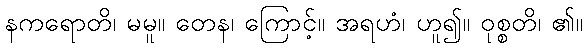
နကရောတိ၊ မမူ။ တေန၊ ကြောင့်။ အရဟံ၊ ဟူ၍။ ဝုစ္စတိ၊ ၏။